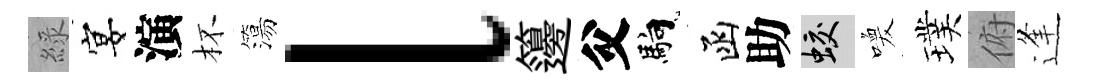
綠宴演杯簜l籩父馿函助蛟喚璞俯逢